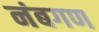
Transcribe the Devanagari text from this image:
नंबगण